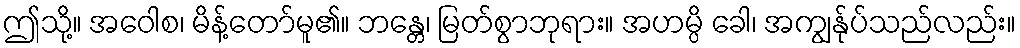
ဤသို့။ အဝေါစ၊ မိန့်တော်မူ၏။ ဘန္တေ၊ မြတ်စွာဘုရား။ အဟမ္ပိ ခေါ၊ အကျွန်ုပ်သည်လည်း။